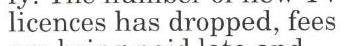
licences has dropped, fees